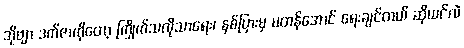
အိုဗျာ ဒက်ဇာကိုတော့ ကြိုက်သလိုသာရေး၊ နှစ်ပြားမှ မတန်အောင် ရေးချင်တယ် ဆိုယင်လဲ